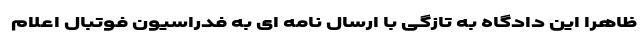
ظاهرا این دادگاه به تازگی با ارسال نامه ای به فدراسیون فوتبال اعلام